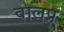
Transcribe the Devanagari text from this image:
वालप्र